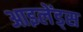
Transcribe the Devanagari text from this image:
आइलेंड्स